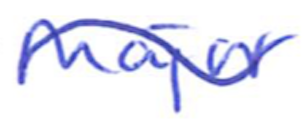
Text: Major
Cross-out: wave
Writing tool: ballpoint